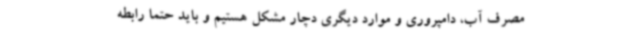
مصرف آب، دامپروری و موارد دیگری دچار مشکل هستیم و باید حتما رابطه